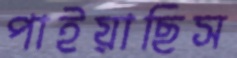
পাইয়াছিস